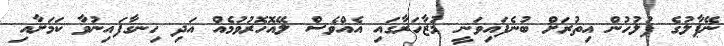
ނޭޕާލުގެ ފުލުހުން އިތުރަށް ބުނެފައިވަނީ މުޒާހަރާގައި އެއްވެސް ލޭއޮހޮރުވުމެއް އަދި ހިނގާފައިނުވާ ކަމަށާއި